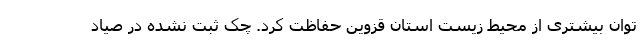
توان بیشتری از محیط زیست استان قزوین حفاظت کرد. چک ثبت نشده در صیاد